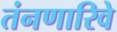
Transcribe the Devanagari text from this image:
तंनणारिवे